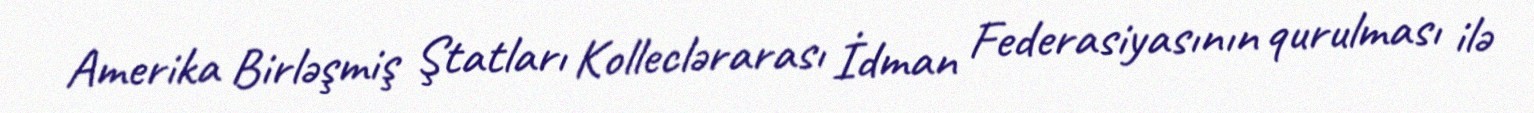
Amerika Birləşmiş Ştatları Kolleclərarası İdman Federasiyasının qurulması ilə